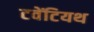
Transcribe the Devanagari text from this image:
टवेंटियथ